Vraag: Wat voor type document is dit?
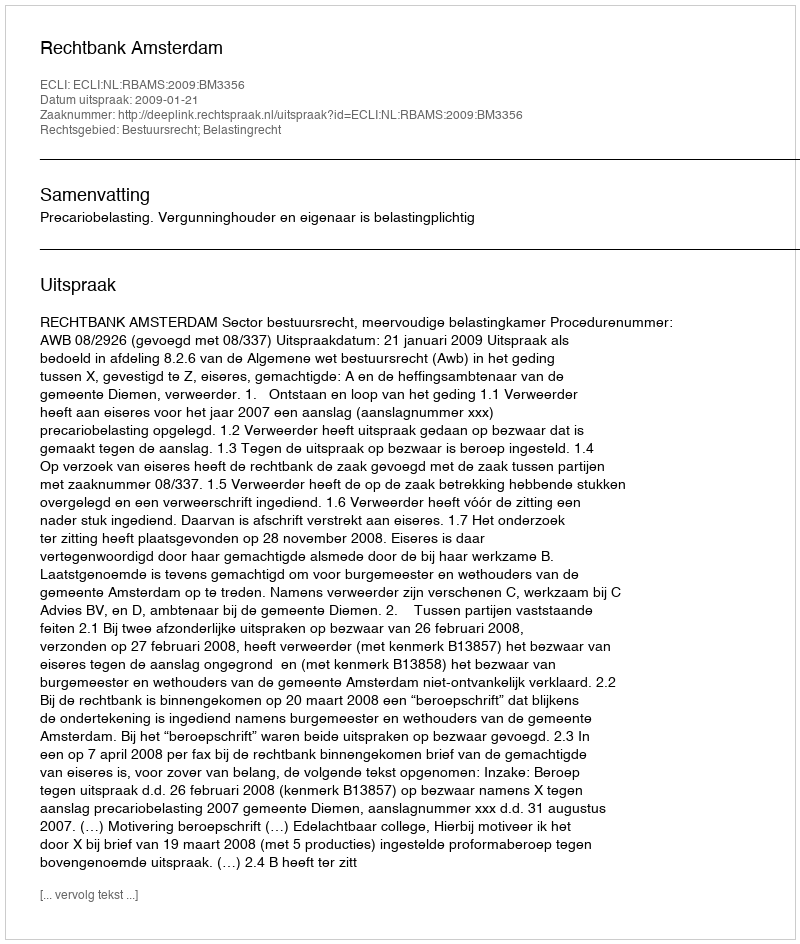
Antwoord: Uitspraak